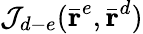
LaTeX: \mathcal{J}_{d-e}(\bar{\textbf{r}}^{e},\bar{\textbf{r}}^{d})